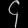
Digit: ၄